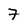
Character: 7